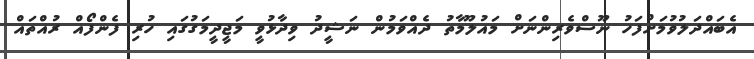
އެބައްދަލުވުމަށްފަހު ނޫސްވެރިންނަށް މައުލޫމާތު ދެއްވަމުން ނަޝީދު ވިދާޅުވީ މަޖީދީމަގުގައި ހުރި ފެންފޯއް ރުއްތައް